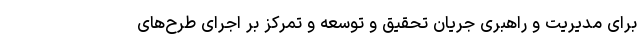
برای مدیریت و راهبری جریان تحقیق و توسعه و تمرکز بر اجرای طرح‌های